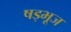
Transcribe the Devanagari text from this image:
षड्भूज